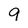
Character: 9